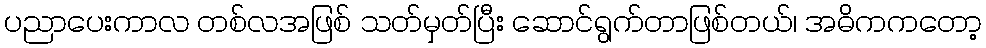
ပညာပေးကာလ တစ်လအဖြစ် သတ်မှတ်ပြီး ဆောင်ရွက်တာဖြစ်တယ်၊ အဓိကကတော့